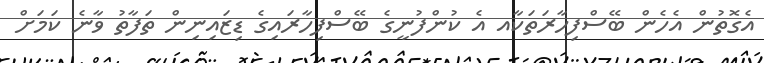
އެގޮތުން އެހެން ބޭސްފިހާރަތަކާއ އެ ކުންފުނީގެ ބޭސްފިހާރައިގެ ޑިޒައިނިން ތަފާތު ވާނެ ކަމަށް